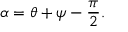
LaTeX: \alpha = \theta + \psi - { \frac { \pi } { 2 } } .